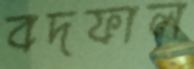
বদফাল